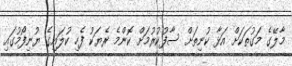
މާލޭގެ މަގުތަކަށް އަޅާ ކުނިތަށް ސާފުކުރުމަށް ކޮންމެ ރެޔަކު ފެހި ކުލައިގެ ޔުނިފޯމުގައި